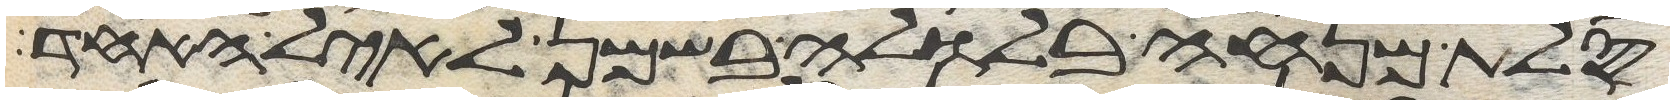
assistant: סלת מנחה בלולה בשמן לאיל האחד